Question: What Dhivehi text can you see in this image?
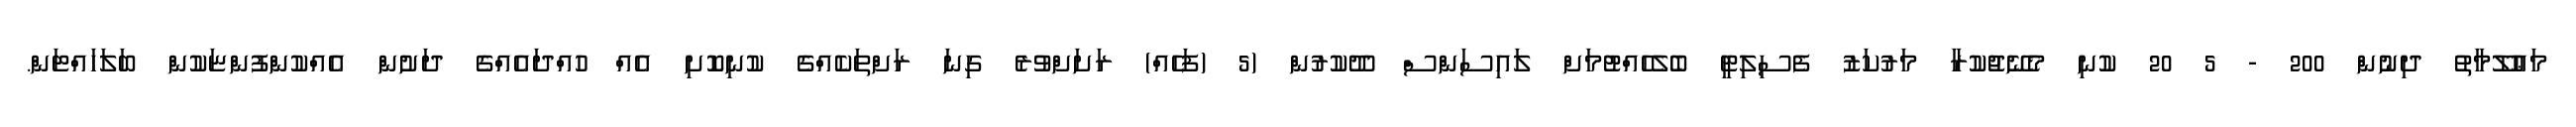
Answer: މަޢުލޫމާތު ދިނުން 200 - 5 20 ކުނި މެނޭޖުކުރާ މަރުކަޒު ފެސިލިޓީ ބެލެހެއްޓުމަށް ލައިސަންސް ދޫކުރުން (5 (ފަހެއް) ރަށަށްވުރެ ގިނަ ރަށްތަކެއްގެ ކުނިކޮށި އެއް ހުއްދައެއްގެ ދަށުން އެއްކުންފުންޏަކުން ބަލަހައްޓަން.